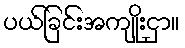
ပယ်ခြင်းအကျိုးငှာ။